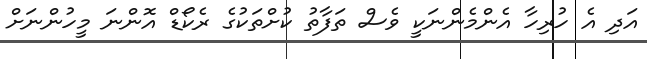
އަދި އެ ހުރިހާ އެންމެންނަކީ ވެސް ތަފާތު ކުށްތަކުގެ ރެކޯޑް އޮންނަ މީހުންނަށް